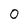
Character: O